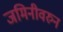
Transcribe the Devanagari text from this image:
जमिनीवरुन